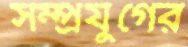
সম্প্রযুগের